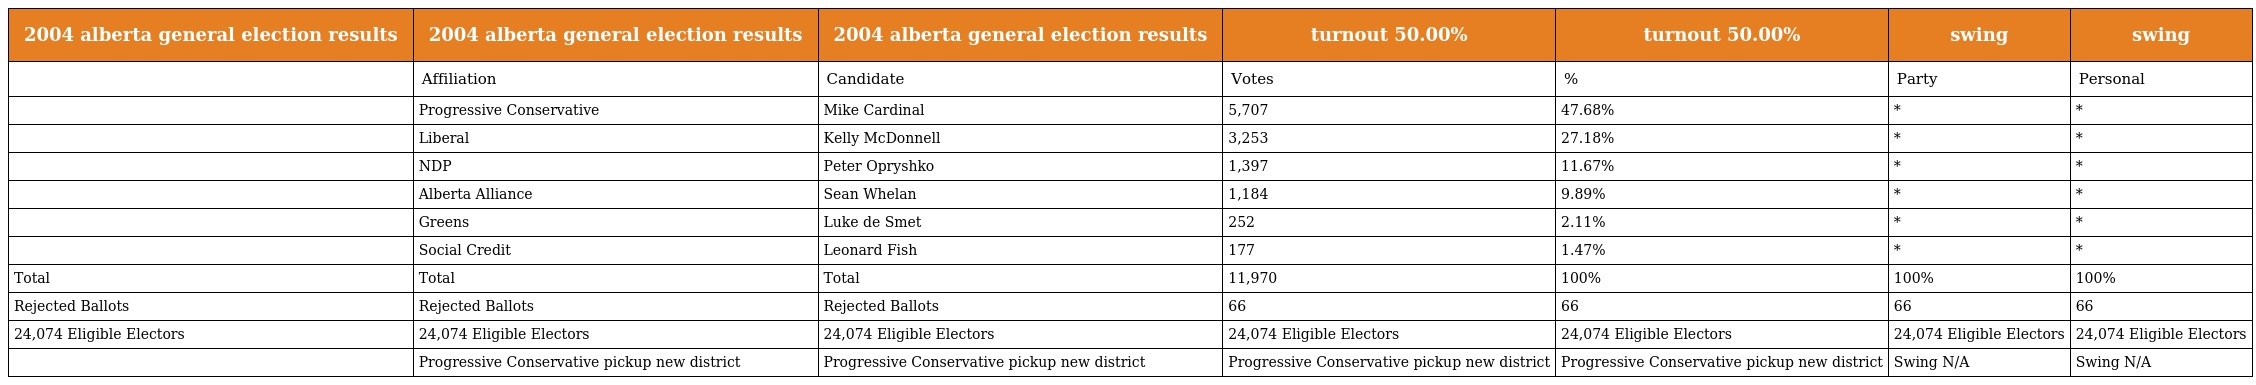
| 2004 alberta general election results | 2004 alberta general election results | 2004 alberta general election results | turnout 50.00% | turnout 50.00% | swing | swing |
 | --- | --- | --- | --- | --- | --- | --- |
 |  | Affiliation | Candidate | Votes | % | Party | Personal |
 |  | Progressive Conservative | Mike Cardinal | 5,707 | 47.68% | * | * |
 |  | Liberal | Kelly McDonnell | 3,253 | 27.18% | * | * |
 |  | NDP | Peter Opryshko | 1,397 | 11.67% | * | * |
 |  | Alberta Alliance | Sean Whelan | 1,184 | 9.89% | * | * |
 |  | Greens | Luke de Smet | 252 | 2.11% | * | * |
 |  | Social Credit | Leonard Fish | 177 | 1.47% | * | * |
 | Total | Total | Total | 11,970 | 100% | 100% | 100% |
 | Rejected Ballots | Rejected Ballots | Rejected Ballots | 66 | 66 | 66 | 66 |
 | 24,074 Eligible Electors | 24,074 Eligible Electors | 24,074 Eligible Electors | 24,074 Eligible Electors | 24,074 Eligible Electors | 24,074 Eligible Electors | 24,074 Eligible Electors |
 |  | Progressive Conservative pickup new district | Progressive Conservative pickup new district | Progressive Conservative pickup new district | Progressive Conservative pickup new district | Swing N/A | Swing N/A |